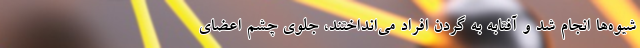
شیوه‌ها انجام شد و آفتابه به گردن افراد می‌انداختند، ‌جلوی چشم اعضای